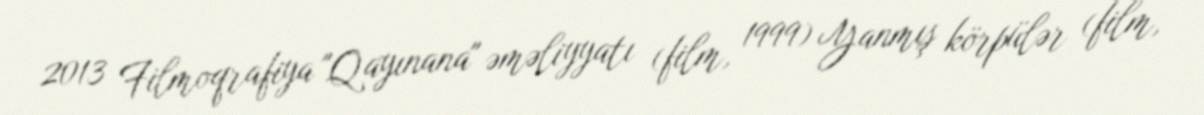
2013 Filmoqrafiya "Qayınana" əməliyyatı (film, 1999) Yanmış körpülər (film,